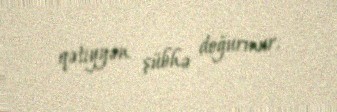
qətiyyən şübhə doğurmur.